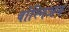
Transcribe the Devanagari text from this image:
बोस्निअन